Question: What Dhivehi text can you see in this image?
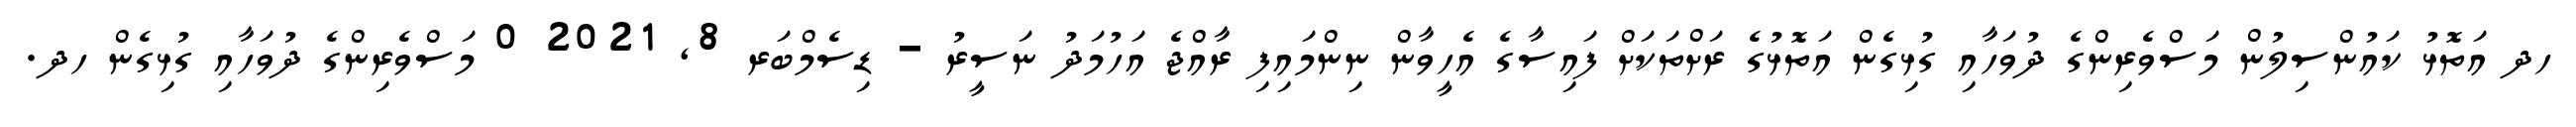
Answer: ހދ އަތޮޅު ކައުންސިލުން މަސްވެރިންގެ ދުވަހާއި ގުޅިގެން އަތޮޅުގެ ރަށްތަކަށް ފައިސާގެ އެހީވާން ނިންމައިފި ރާއްޖެ އަހުމަދު ނަސީރު - ޑިސެމްބަރ 8, 2021 0 މަސްވެރިންގެ ދުވަހާއި ގުޅިގެން ހދ.